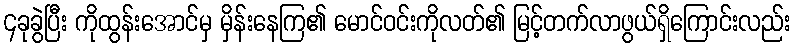
၄ခုခွဲပြီး ကိုထွန်းအောင်မှ မှိန်းနေကြ၏ မောင်ဝင်းကိုလတ်၏ မြင့်တက်လာဖွယ်ရှိကြောင်းလည်း